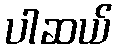
ပါဆယ်